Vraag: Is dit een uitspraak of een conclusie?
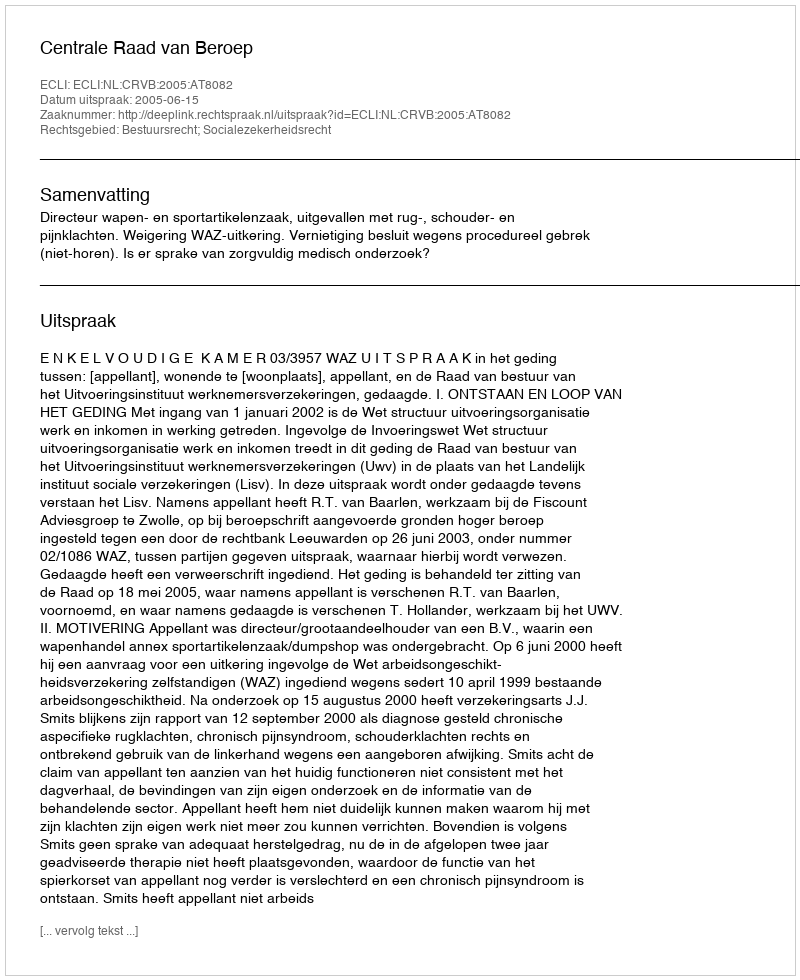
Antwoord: Uitspraak